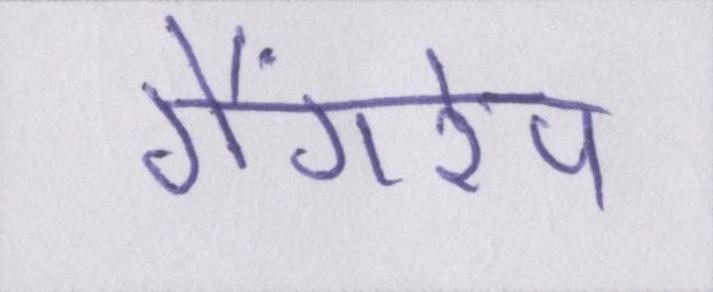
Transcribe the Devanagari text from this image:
गैंगरेप